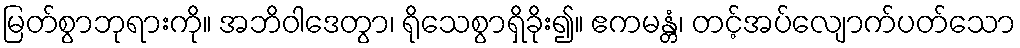
မြတ်စွာဘုရားကို။ အဘိဝါဒေတွာ၊ ရိုသေစွာရှိခိုး၍။ ဧကမန္တံ၊ တင့်အပ်လျောက်ပတ်သော